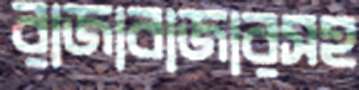
রাজাবাজারসহ